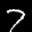
Label: 7